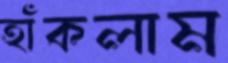
হাঁকলাম